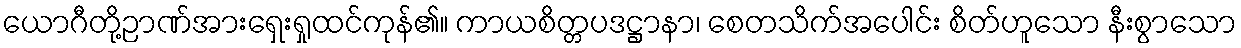
ယောဂီတို့ဉာဏ်အားရှေးရှုထင်ကုန်၏။ ကာယစိတ္တပဒဋ္ဌာနာ၊ စေတသိက်အပေါင်း စိတ်ဟူသော နီးစွာသော